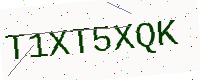
Text: T1XT5XQK